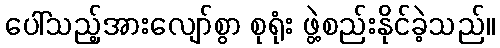
ပေါ်သည့်အားလျော်စွာ စုရုံး ဖွဲ့စည်းနိုင်ခဲ့သည်။